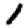
Digit: 1